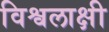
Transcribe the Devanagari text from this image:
विश्वलाक्षी